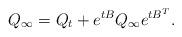
LaTeX: \begin{align*}Q_{\infty}=Q_t+e^{tB}Q_{\infty}e^{tB^T}.\end{align*}